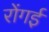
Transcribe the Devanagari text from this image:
रोंगई